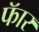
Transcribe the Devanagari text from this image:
फॅार